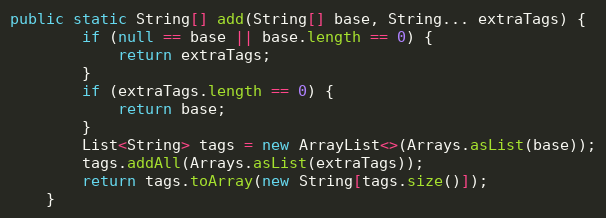
Language: Java
public static String[] add(String[] base, String... extraTags) {
        if (null == base || base.length == 0) {
            return extraTags;
        }
        if (extraTags.length == 0) {
            return base;
        }
        List<String> tags = new ArrayList<>(Arrays.asList(base));
        tags.addAll(Arrays.asList(extraTags));
        return tags.toArray(new String[tags.size()]);
    }